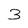
Character: 3